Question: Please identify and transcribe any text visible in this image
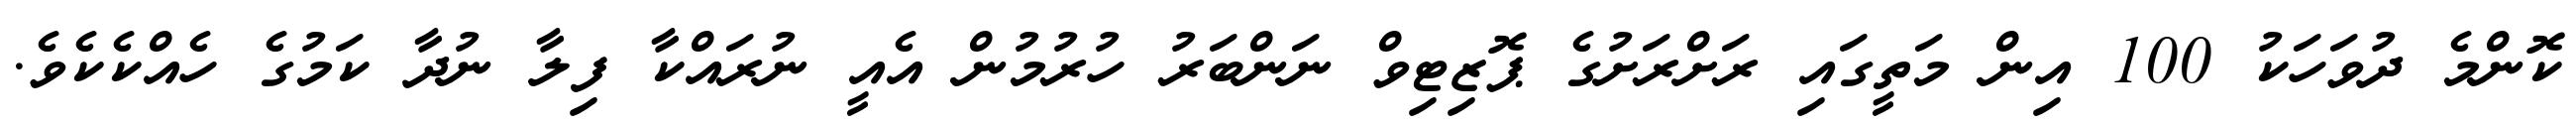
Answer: ކޮންމެ ދުވަހަކު 100 އިން މަތީގައި ރަށްރަށުގެ ޕޮޒިޓިވް ނަންބަރު ހުރުމުން އެއީ ނުރައްކާ ފިލާ ނުދާ ކަމުގެ ހެއްކެކެވެ.